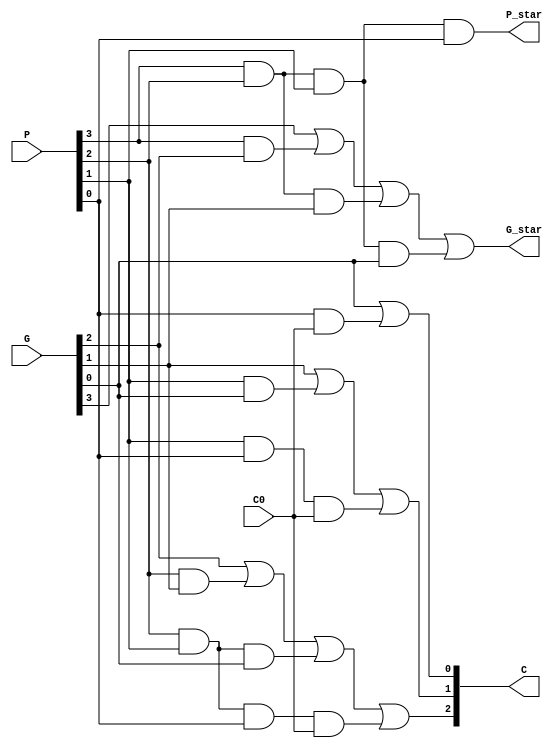
`timescale 1ns / 1ps
module block_carry_lookahead_unit(G_star, P_star, C, G, P, C0);
  // Ports are wires because we will use dataflow
  output wire G_star, P_star;
  output wire [3:1] C; // C3, C2, C1
  input wire [3:0] G, P;
  input wire C0; // Input carry

  // Block Carry Lookahead Unit Logic
  assign #2 G_star = G[3] | (P[3] & G[2]) | (P[3] & P[2] & G[1])
    | (P[3] & P[2] & P[1] & G[0]);

  assign #2 P_star = P[3] & P[2] & P[1] & P[0];

  assign #2 C[3] = G[2] | (P[2] & G[1]) | (P[2] & P[1] & G[0])
    | (P[2] & P[1] & P[0] & C0);

  assign #2 C[2] = G[1] | (P[1] & G[0]) | (P[1] & P[0] & C0);

  assign #2 C[1] = G[0] | (P[0] & C0);

endmodule